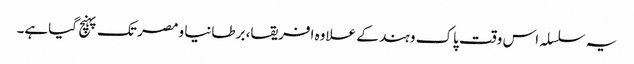
یہ سلسلہ اس وقت پاک و ہند کے علاوہ افریقا، برطانیا و مصر تک پہنچ گیاہے۔